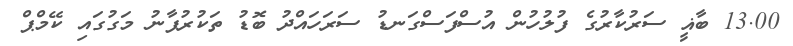
13.00 ބާޣީ ސަރުކާރުގެ ފުލުހުން އުސްފަސްގަނޑު ސަރަހައްދު ބޮޑު ތަކުރުފާނު މަގުގައި ކޭމްޕް